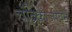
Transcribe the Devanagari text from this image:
चंद्रिकाजीवन